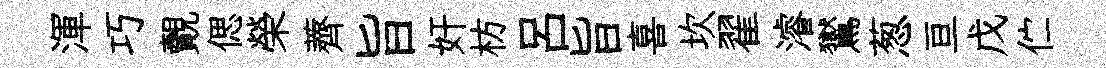
渾巧覿偲榮薺旨奸枋呂旨喜坎翟濬鸑葱亘戊伫